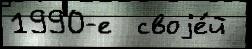
1990-е  своjе́й